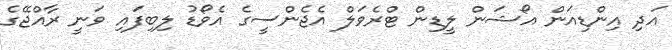
އަދި އިންޑިއަން އޯޝަން ލީޑިން ޓްރެވަލް އެޖެންސީގެ އެވޯޑު ލިބިފައި ވަނީ ރާއްޖޭގެ